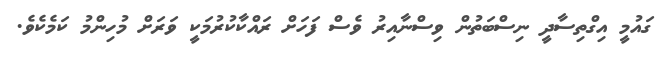
ގައުމީ އިގްތިސާދީ ނިސްބަތުން ވިސްނާއިރު ވެސް ފަހަށް ރައްކާކުރުމަކީ ވަރަށް މުހިންމު ކަމެކެވެ.